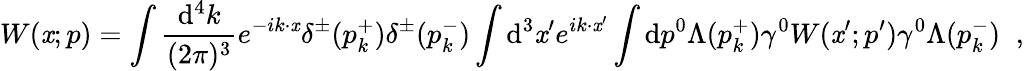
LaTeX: W(\mathit{x};p)=\int\frac{{\mathrm{{d}}^{4}k}}{{(2\pi)^{3}}}e^{-ik\cdot\mathit{x}}\delta^{\pm}(p_{k}^{+})\delta^{\pm}(p_{k}^{-})\int\mathrm{{d}}^{3}\mathit{x}^{\prime}e^{ik\cdot\mathit{x}^{\prime}}\int\mathrm{{d}}p^{0}\Lambda(p_{k}^{+})\gamma^{0}W(\mathit{x}^{\prime};p^{\prime})\gamma^{0}\Lambda(p_{k}^{-})\; \; ,